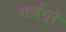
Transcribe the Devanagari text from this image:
गाईगुरे